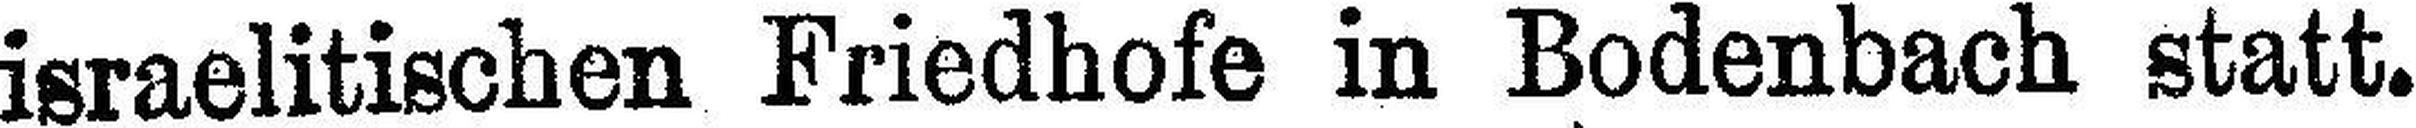
israelitischen Friedhofe in Bodenbach statt.